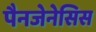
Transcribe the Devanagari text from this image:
पैनजेनेसिस